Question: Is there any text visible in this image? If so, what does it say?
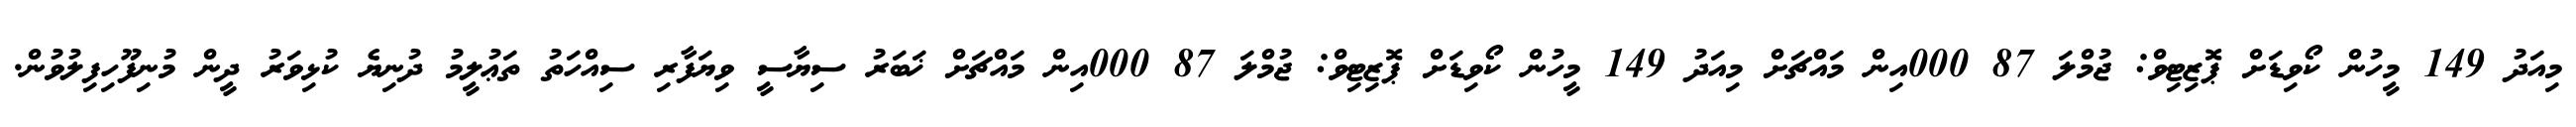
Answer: މިއަދު 149 މީހުން ކޯވިޑަށް ޕޮޒިޓިވް: ޖުމްލަ 87 000އިން މައްޗަށް މިއަދު 149 މީހުން ކޯވިޑަށް ޕޮޒިޓިވް: ޖުމްލަ 87 000އިން މައްޗަށް ޚަބަރު ސިޔާސީ ވިޔަފާރި ސިއްހަތު ތަޢުލީމު ދުނިޔެ ކުޅިވަރު ދީން މުނިފޫހިފިލުވުން.